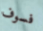
فسوف